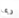
ربما